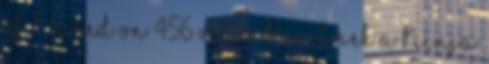
of 5 based on 456 votes. Kérelmek a Ninja